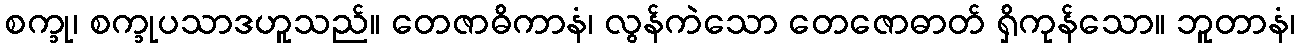
စက္ခု၊ စက္ခုပသာဒဟူသည်။ တေဇာဓိကာနံ၊ လွန်ကဲသော တေဇောဓာတ် ရှိကုန်သော။ ဘူတာနံ၊